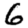
Digit: 6